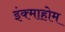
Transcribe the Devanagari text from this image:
इंक्माहोम